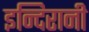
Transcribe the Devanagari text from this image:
इन्दिरानी